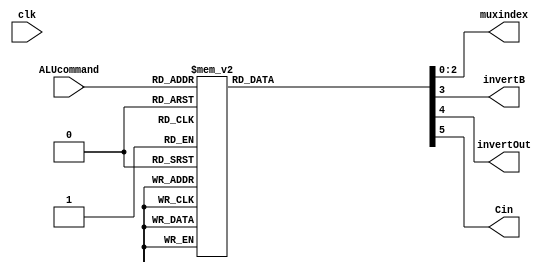
// defining gates with improper delays
`define NOTGATE not 
`define BUFGATE buf 
`define NANDGATE nand
`define NORGATE nor 
`define ANDGATE and 
`define ANDGATE4 and 
`define ORGATE or 
`define ORGATE5 or 
`define XORGATE xor 

// defining ALU commands as words
`define ADD 3'd0
`define SUB 3'd1
`define XOR 3'd2
`define SLT 3'd3
`define AND 3'd4
`define NAND 3'd5
`define NOR 3'd6
`define OR 3'd7

module ALUcontrolLUT(muxindex, invertB, invertOut, Cin, ALUcommand, clk);
// Behavioral LUT, mostly provided but configured with specific control flags
output reg[2:0] muxindex;
output reg invertB;
output reg invertOut;
output reg Cin;
input[2:0] ALUcommand;
input clk;
always @(ALUcommand) begin
// always @(negedge clk) begin
    case (ALUcommand)
    `ADD: begin muxindex = 0; invertB=0; invertOut = 0; Cin = 0; end 
    `SUB: begin muxindex = 0; invertB=1; invertOut = 0; Cin = 1; end
    `XOR: begin muxindex = 1; invertB=0; invertOut = 0; Cin = 0; end 
    `SLT: begin muxindex = 2; invertB=1; invertOut = 0; Cin = 1; end
    `AND: begin muxindex = 3; invertB=0; invertOut = 1; Cin = 0; end 
    `NAND: begin muxindex = 3; invertB=0; invertOut = 0; Cin = 0; end
    `NOR: begin muxindex = 4; invertB=0; invertOut = 0; Cin = 0; end 
    `OR: begin muxindex = 4; invertB=0; invertOut = 1; Cin = 0; end
    endcase
end
endmodule

module fullAdder(S, Cout, A, B, Cin);
// Full Adder module made previously
output S, Cout;
input A, B, Cin;
wire AxorB;
wire AxorBandCin, AandB;

// Sum
`XORGATE xor1 (AxorB, A,B);
`XORGATE xor2 (S, AxorB,Cin);

// Cout
`ANDGATE and1 (AxorBandCin, AxorB,Cin);
`ANDGATE and2 (AandB, A,B);
`ORGATE or1 (Cout, AxorBandCin,AandB);
endmodule

module add_op(res, Cout, ovfl, A, B, invertB, Cin);
// ADD with operands A and B; if command is SUB, 
// invert B and have a carryin of 1
output[31:0] res;
output Cout;
output ovfl;
input[31:0] A;
input[31:0] B;
input invertB;
input Cin;

// Initialize carry chain
wire [32:0] carry;
`BUFGATE buf1 (carry[0], Cin);

wire [31:0] Bin;
generate 
genvar index;
    for (index = 0; index<32; index = index + 1) begin : FULL_ADDER_BLOCK 
    `XORGATE xor2 (Bin[index], B[index], invertB);
    fullAdder faddr1 (res[index], carry[index+1], A[index], Bin[index], carry[index]);
end
endgenerate

// Pass last carry bit to Cout flag
`BUFGATE buf2 (Cout, carry[32]);

// Overflow checking
`XORGATE ovflw (ovfl, carry[31], Cout);
endmodule

module nand_op(res, A, B, invOut);
// NAND with A and B as inputs; invert output if command is AND
output[31:0] res;
input[31:0] A;
input[31:0] B;
input invOut;

wire [31:0] tmp;

generate
genvar index;
    for (index = 0; index<32; index = index + 1) begin : ADD_INVERT_OUTPUT_BLOCK
    `NANDGATE nand1 (tmp[index], A[index], B[index]);
    `XORGATE xor1 (res[index], tmp[index], invOut);
end
endgenerate
endmodule

module slt_op(res, sub_res, ovfl_res);
// SLT; takes in the result of subtracting B from A and overflow flag
output[31:0] res;
input[31:0] sub_res;
input ovfl_res;

// A is less than B if the MSB of B-A is 1 (indicating 
// that the result was negative) and the subtraction 
// operation did not cause overflow -or- if the MSB of
// B-A is 0 (positive) and the operation did cause overflow
`XORGATE xor1 (res[0], sub_res[31], ovfl_res);

// Left pad result with 31 0s to end up with 32 bit number
generate
genvar index;
    for (index = 1; index<32; index = index + 1) begin : LEFT_PAD_BLOCK
    `BUFGATE buf1 (res[index], 0);
end
endgenerate
endmodule

module nor_op(res, A, B, invOut);
// NOR with A and B as inputs; invert output if command is OR
output[31:0] res;
input[31:0] A;
input[31:0] B;
input invOut;

wire [31:0] tmp;

generate
genvar index;
    for (index = 0; index<32; index = index + 1) begin : NOR_INVERT_OUTPUT_BLOCK
    `NORGATE nor1 (tmp[index], A[index], B[index]);
    `XORGATE xor1 (res[index], tmp[index], invOut);
end
endgenerate
endmodule

module xor_op(res, A, B);
// XOR with A and B as inputs
output[31:0] res;
input[31:0] A;
input[31:0] B;

generate
genvar index;
    for (index = 0; index<32; index = index + 1) begin : XOR_BLOCK
    `XORGATE xor1 (res[index], A[index], B[index]);
end
endgenerate
endmodule

module ALU(result, carryout, zero, overflow, operandA, operandB, command, clk);
output[31:0] result;
output carryout;
output zero;
output overflow;
input[31:0] operandA;
input[31:0] operandB;
input[2:0] command;
input clk;

// Get control settings from LUT
wire [2:0] addr;
wire invB;
wire invOut;
wire Cin;
ALUcontrolLUT controlLUT (addr, invB, invOut, Cin, command, clk);

// Get output of each module for given settings
wire tmp_ovfl;
wire tmp_Cout;
wire [31:0] add_res;
wire [31:0] xor_res;
wire [31:0] slt_res;
wire [31:0] nor_res;
wire [31:0] nand_res;
add_op add_op1 (add_res, tmp_Cout, tmp_ovfl, operandA, operandB, invB, Cin);
xor_op xor_op1 (xor_res, operandA, operandB);
slt_op slt_op1 (slt_res, add_res, tmp_ovfl);
nor_op nor_op1 (nor_res, operandA, operandB, invOut);
nand_op nand_op1 (nand_res, operandA, operandB, invOut);

// Create complement of addresss
wire [2:0] naddr;
generate
genvar index;
    for (index = 0; index<3; index = index + 1) begin : INVERT_ADDRESS_BLOCK
    `NOTGATE not1 (naddr[index], addr[index]);
end
endgenerate

// Mux to select which result to pass out of ALU
wire [31:0] add_out;
wire [31:0] xor_out;
wire [31:0] slt_out;
wire [31:0] nor_out;
wire [31:0] nand_out;
wire [31:0] nresult;
generate
genvar ind;
    for (ind=0; ind<32; ind=ind+1) begin : SELECT_OUTPUT_BLOCK
    `ANDGATE andadd (add_out[ind], naddr[0],naddr[1],naddr[2],add_res[ind]);
    `ANDGATE andxor (xor_out[ind], addr[0],naddr[1],naddr[2],xor_res[ind]);
    `ANDGATE andslt (slt_out[ind], naddr[0],addr[1],naddr[2],slt_res[ind]);
    `ANDGATE andnor (nor_out[ind], naddr[0],naddr[1],addr[2],nor_res[ind]);
    `ANDGATE andnand (nand_out[ind], addr[0],addr[1],naddr[2],nand_res[ind]);
    `ORGATE orres (result[ind], add_out[ind],xor_out[ind],slt_out[ind],nor_out[ind],nand_out[ind]);
    `NOTGATE notres (nresult[ind], result[ind]);
end
endgenerate

// Only pass overflow and carryout out of ALU if ADD or SUB were called
`ANDGATE andovfl (overflow, naddr[0],naddr[1],naddr[2],tmp_ovfl);
`ANDGATE andcout (carryout, naddr[0],naddr[1],naddr[2],tmp_Cout);

// Check if zero flag should be set
wire [32:0] zerochain;
`BUFGATE buf3 (zerochain[0], 1);
generate
    genvar i;
    for (i=0; i<32; i=i+1) begin : ZEROCHAIN_BLOCK
    `ANDGATE zeroand (zerochain[i+1], nresult[i], zerochain[i]);
end
endgenerate
`BUFGATE buf4 (zero, zerochain[32]);
endmodule

module testALU;
reg [31:0] A;
reg [31:0] B;
reg [2:0] command;
wire [31:0] res;
wire Cout;
wire zero;
wire ovfl;

ALU myALU (res, Cout, zero, ovfl, A, B, command);

initial begin

command=`ADD;
$display("ADD");
$display("A                                | B                                || RES                              | Cout | Zero | OVFL || Expected");
$display("Testing zeros");
A=32'b00000000000000000000000000000000;B=32'b00000000000000000000000000000000; #3500
$display("%b | %b || %b | %b    | %b    | %b    || 00000000000000000000000000000000 0 1 0", A, B, res, Cout, zero, ovfl);
A=32'b00000000000000000000000000000001;B=32'b11111111111111111111111111111111; #3500
$display("%b | %b || %b | %b    | %b    | %b    || 00000000000000000000000000000000 1 1 0", A, B, res, Cout, zero, ovfl);
$display("Testing corner cases");
A=32'b11111111111111111111111111111111;B=32'b00000000000000000000000000000000; #3500
$display("%b | %b || %b | %b    | %b    | %b    || 11111111111111111111111111111111 0 0 0", A, B, res, Cout, zero, ovfl);
A=32'b11111111111111111111111111111111;B=32'b11111111111111111111111111111111; #3500
$display("%b | %b || %b | %b    | %b    | %b    || 11111111111111111111111111111110 1 0 0", A, B, res, Cout, zero, ovfl);
$display("Testing carryout and no overflow"); 
A=32'b11111110000000000000000000000000;B=32'b11111110000000000000000000000001; #3500
$display("%b | %b || %b | %b    | %b    | %b    || 11111100000000000000000000000001 1 0 0", A, B, res, Cout, zero, ovfl);
$display("Testing overflow and no carryout"); 
A=32'b01010101010101010101010101010101;B=32'b01010101010101010101010101010101; #3500
$display("%b | %b || %b | %b    | %b    | %b    || 10101010101010101010101010101010 0 0 1", A, B, res, Cout, zero, ovfl);
A=32'b01111111111111111111111111111111;B=32'b01111111111111111111111111111111; #3500
$display("%b | %b || %b | %b    | %b    | %b    || 11111111111111111111111111111110 0 0 1", A, B, res, Cout, zero, ovfl);
$display("Testing carryout and overflow"); 
A=32'b11010001000100010001000100010001;B=32'b10001000100010001000100010001000; #3500
$display("%b | %b || %b | %b    | %b    | %b    || 01011001100110011001100110011001 1 0 1", A, B, res, Cout, zero, ovfl);
A=32'b10000000000000000000000000000000;B=32'b10000000000000000000000000000000; #3500
$display("%b | %b || %b | %b    | %b    | %b    || 00000000000000000000000000000000 1 1 1", A, B, res, Cout, zero, ovfl);

command=`SUB;
$display("SUB");
$display("A                                | B                                || RES                              | Cout | Zero | OVFL || Expected");
$display("Testing zeros");
A=32'b00000000000000000000000000000000;B=32'b00000000000000000000000000000000; #3500
$display("%b | %b || %b | %b    | %b    | %b    || 00000000000000000000000000000000 1 1 0", A, B, res, Cout, zero, ovfl);
A=32'b01000000010010100000010011100101;B=32'b01000000010010100000010011100101; #3500
$display("%b | %b || %b | %b    | %b    | %b    || 00000000000000000000000000000000 1 1 0", A, B, res, Cout, zero, ovfl);
$display("Testing corner cases");
A=32'b11111111111111111111111111111111;B=32'b00000000000000000000000000000000; #3500
$display("%b | %b || %b | %b    | %b    | %b    || 11111111111111111111111111111111 1 0 0", A, B, res, Cout, zero, ovfl);
A=32'b11111111111111111111111111111111;B=32'b11111111111111111111111111111111; #3500
$display("%b | %b || %b | %b    | %b    | %b    || 00000000000000000000000000000000 1 1 0", A, B, res, Cout, zero, ovfl);
$display("Testing carryout and overflow"); 
A=32'b10000000000000000000000000000000;B=32'b01000000000000000000000000000001; #3500
$display("%b | %b || %b | %b    | %b    | %b    || 00111111111111111111111111111111 1 0 1", A, B, res, Cout, zero, ovfl);
A=32'b10111000000000000000000000000000;B=32'b01010010110000000011001000000001; #3500
$display("%b | %b || %b | %b    | %b    | %b    || 01100101001111111100110111111111 1 0 1", A, B, res, Cout, zero, ovfl);
$display("Testing overflow and no carryout"); 
A=32'b01010101010101010101010101010101;B=32'b10101010101010101010101010101010; #3500
$display("%b | %b || %b | %b    | %b    | %b    || 10101010101010101010101010101011 0 0 1", A, B, res, Cout, zero, ovfl);
A=32'b01000000000000000000000000000000;B=32'b10000000000000000000000000000001; #3500
$display("%b | %b || %b | %b    | %b    | %b    || 10111111111111111111111111111111 0 0 1", A, B, res, Cout, zero, ovfl);
$display("Testing carryout and no overflow"); 
A=32'b01111111111111111111111111111111;B=32'b01111111111111111111111111111111; #3500
$display("%b | %b || %b | %b    | %b    | %b    || 00000000000000000000000000000000 1 1 0", A, B, res, Cout, zero, ovfl);
A=32'b01010101010101010101010101010101;B=32'b01010101010101010101010101010100; #3500
$display("%b | %b || %b | %b    | %b    | %b    || 00000000000000000000000000000001 1 0 0", A, B, res, Cout, zero, ovfl);

command=`XOR;
$display("XOR");
$display("A                                | B                                || RES                              | Cout | Zero | OVFL || Expected");
$display("Testing corner cases");
A=32'b00000000000000000000000000000000;B=32'b00000000000000000000000000000000; #3500
$display("%b | %b || %b | %b    | %b    | %b    || 00000000000000000000000000000000 0 1 0", A, B, res, Cout, zero, ovfl);
A=32'b11111111111111111111111111111111;B=32'b11111111111111111111111111111111; #3500
$display("%b | %b || %b | %b    | %b    | %b    || 00000000000000000000000000000000 0 1 0", A, B, res, Cout, zero, ovfl);
A=32'b11111111111111111111111111111111;B=32'b00000000000000000000000000000000; #3500
$display("%b | %b || %b | %b    | %b    | %b    || 11111111111111111111111111111111 0 0 0", A, B, res, Cout, zero, ovfl);
$display("Testing A Combination");
A=32'b10100000000001100001010000000111;B=32'b11111111110000000001010001000001; #3500
$display("%b | %b || %b | %b    | %b    | %b    || 01011111110001100000000001000110 0 0 0", A, B, res, Cout, zero, ovfl);

command=`SLT;
$display("SLT");
$display("A                                | B                                || RES                              | Cout | Zero | OVFL || Expected");
$display("Testing corner cases");
A=32'b00000000000000000000000000000000;B=32'b00000000000000000000000000000000; #3500
$display("%b | %b || %b | %b    | %b    | %b    || 00000000000000000000000000000000 0 1 0", A, B, res, Cout, zero, ovfl);
A=32'b11111111111111111111111111111111;B=32'b11111111111111111111111111111111; #3500
$display("%b | %b || %b | %b    | %b    | %b    || 00000000000000000000000000000000 0 1 0", A, B, res, Cout, zero, ovfl);
$display("Testing negative overflow");
A=32'b10000000000000000000000000000001;B=32'b00000000000000000000000000000010; #3500
$display("%b | %b || %b | %b    | %b    | %b    || 00000000000000000000000000000001 0 0 0", A, B, res, Cout, zero, ovfl);
$display("Testing positive overflow");
A=32'b01111111111111111111111111111111;B=32'b10000000000000000000000000000000; #3500
$display("%b | %b || %b | %b    | %b    | %b    || 00000000000000000000000000000000 0 1 0", A, B, res, Cout, zero, ovfl);
$display("Testing Carryouts");
A=32'b00000000000000000000000000000001;B=32'b11111111111111111111111111111110; #3500
$display("%b | %b || %b | %b    | %b    | %b    || 00000000000000000000000000000000 0 1 0", A, B, res, Cout, zero, ovfl);
A=32'b11111111111111111111111111111111;B=32'b11111111111111111111111111111110; #3500
$display("%b | %b || %b | %b    | %b    | %b    || 00000000000000000000000000000000 0 1 0", A, B, res, Cout, zero, ovfl);
A=32'b11111111111111111111111111111110;B=32'b11111111111111111111111111111111; #3500
$display("%b | %b || %b | %b    | %b    | %b    || 00000000000000000000000000000001 0 0 0", A, B, res, Cout, zero, ovfl);

command=`NOR;
$display("NOR");
$display("A                                | B                                || RES                              | Cout | Zero | OVFL || Expected");
$display("Testing corner cases");
A=32'b00000000000000000000000000000000;B=32'b00000000000000000000000000000000; #3500
$display("%b | %b || %b | %b    | %b    | %b    || 11111111111111111111111111111111 0 0 0", A, B, res, Cout, zero, ovfl);
A=32'b11111111111111111111111111111111;B=32'b11111111111111111111111111111111; #3500
$display("%b | %b || %b | %b    | %b    | %b    || 00000000000000000000000000000000 0 1 0", A, B, res, Cout, zero, ovfl);
A=32'b11111111111111111111111111111111;B=32'b00000000000000000000000000000000; #3500
$display("%b | %b || %b | %b    | %b    | %b    || 00000000000000000000000000000000 0 1 0", A, B, res, Cout, zero, ovfl);
$display("Testing A Combination");
A=32'b10100000000001100001010000000111;B=32'b11111111110000000001010001000001; #3500
$display("%b | %b || %b | %b    | %b    | %b    || 00000000001110011110101110111000 0 0 0", A, B, res, Cout, zero, ovfl);

command=`OR;
$display("OR");
$display("A                                | B                                || RES                              | Cout | Zero | OVFL || Expected");
$display("Testing corner cases");
A=32'b00000000000000000000000000000000;B=32'b00000000000000000000000000000000; #3500
$display("%b | %b || %b | %b    | %b    | %b    || 00000000000000000000000000000000 0 1 0", A, B, res, Cout, zero, ovfl);
A=32'b11111111111111111111111111111111;B=32'b00000000000000000000000000000000; #3500
$display("%b | %b || %b | %b    | %b    | %b    || 11111111111111111111111111111111 0 0 0", A, B, res, Cout, zero, ovfl);
A=32'b11111111111111111111111111111111;B=32'b11111111111111111111111111111111; #3500
$display("%b | %b || %b | %b    | %b    | %b    || 11111111111111111111111111111111 0 0 0", A, B, res, Cout, zero, ovfl);
$display("Testing zeros");
A=32'b10000000000000000000000000000000;B=32'b10000000000000000000000000000000; #3500
$display("%b | %b || %b | %b    | %b    | %b    || 10000000000000000000000000000000 0 0 0", A, B, res, Cout, zero, ovfl);
A=32'b00000000000000000000000000000001;B=32'b00000000000000000000000000000001; #3500
$display("%b | %b || %b | %b    | %b    | %b    || 00000000000000000000000000000001 0 0 0", A, B, res, Cout, zero, ovfl);
$display("Testing ones");
A=32'b10101010101010101010101010101010;B=32'b01010101010101010101010101010101; #3500
$display("%b | %b || %b | %b    | %b    | %b    || 11111111111111111111111111111111 0 0 0", A, B, res, Cout, zero, ovfl);
A=32'b11111111111111110000000000000000;B=32'b00000000000000001111111111111111; #3500
$display("%b | %b || %b | %b    | %b    | %b    || 11111111111111111111111111111111 0 0 0", A, B, res, Cout, zero, ovfl);
$display("Testing random for good measure");
A=32'b11001000001100101101001110100101;B=32'b00011000000110111100100111001110; #3500
$display("%b | %b || %b | %b    | %b    | %b    || 11011000001110111101101111101111 0 0 0", A, B, res, Cout, zero, ovfl);
A=32'b01101010111011001001000011010011;B=32'b00111110010100111000100000101011; #3500
$display("%b | %b || %b | %b    | %b    | %b    || 01111110111111111001100011111011 0 0 0", A, B, res, Cout, zero, ovfl);

command=`NAND;
$display("NAND");
$display("A                                | B                                || RES                              | Cout | Zero | OVFL || Expected");
$display("Testing corner cases");
A=32'b00000000000000000000000000000000;B=32'b00000000000000000000000000000000; #3500
$display("%b | %b || %b | %b    | %b    | %b    || 11111111111111111111111111111111 0 0 0", A, B, res, Cout, zero, ovfl);
A=32'b11111111111111111111111111111111;B=32'b00000000000000000000000000000000; #3500
$display("%b | %b || %b | %b    | %b    | %b    || 11111111111111111111111111111111 0 0 0", A, B, res, Cout, zero, ovfl);
$display("Testing zeros");
A=32'b11111111111111111111111111111111;B=32'b11111111111111111111111111111111; #3500
$display("%b | %b || %b | %b    | %b    | %b    || 00000000000000000000000000000000 0 1 0", A, B, res, Cout, zero, ovfl);
$display("Testing ones");
A=32'b10101010101010101010101010101010;B=32'b01010101010101010101010101010101; #3500
$display("%b | %b || %b | %b    | %b    | %b    || 11111111111111111111111111111111 0 0 0", A, B, res, Cout, zero, ovfl);
A=32'b11111111111111110000000000000000;B=32'b00000000000000001111111111111111; #3500
$display("%b | %b || %b | %b    | %b    | %b    || 11111111111111111111111111111111 0 0 0", A, B, res, Cout, zero, ovfl);
$display("Testing random");
A=32'b10101010101010101010101010101010;B=32'b10101010101010101010101010101010; #3500
$display("%b | %b || %b | %b    | %b    | %b    || 01010101010101010101010101010101 0 0 0", A, B, res, Cout, zero, ovfl);
A=32'b11111111111111110000000000000000;B=32'b11111111111111110000000000000000; #3500
$display("%b | %b || %b | %b    | %b    | %b    || 00000000000000001111111111111111 0 0 0", A, B, res, Cout, zero, ovfl);
A=32'b11001000001100101101001110100101;B=32'b00011000000110111100100111001110; #3500
$display("%b | %b || %b | %b    | %b    | %b    || 11110111111011010011111001111011 0 0 0", A, B, res, Cout, zero, ovfl);
A=32'b01101010111011001001000011010011;B=32'b00111110010100111000100000101011; #3500
$display("%b | %b || %b | %b    | %b    | %b    || 11010101101111110111111111111100 0 0 0", A, B, res, Cout, zero, ovfl);

command=`AND;
$display("AND");
$display("A                                | B                                || RES                              | Cout | Zero | OVFL || Expected");
$display("Testing corner cases");
A=32'b00000000000000000000000000000000;B=32'b00000000000000000000000000000000; #3500
$display("%b | %b || %b | %b    | %b    | %b    || 00000000000000000000000000000000 0 1 0", A, B, res, Cout, zero, ovfl);
A=32'b11111111111111111111111111111111;B=32'b00000000000000000000000000000000; #3500
$display("%b | %b || %b | %b    | %b    | %b    || 00000000000000000000000000000000 0 1 0", A, B, res, Cout, zero, ovfl);
A=32'b11111111111111111111111111111111;B=32'b11111111111111111111111111111111; #3500
$display("%b | %b || %b | %b    | %b    | %b    || 11111111111111111111111111111111 0 0 0", A, B, res, Cout, zero, ovfl);
$display("Testing zeros");
A=32'b10101010101010101010101010101010;B=32'b01010101010101010101010101010101; #3500
$display("%b | %b || %b | %b    | %b    | %b    || 00000000000000000000000000000000 0 1 0", A, B, res, Cout, zero, ovfl);
A=32'b11111111111111110000000000000000;B=32'b00000000000000001111111111111111; #3500
$display("%b | %b || %b | %b    | %b    | %b    || 00000000000000000000000000000000 0 1 0", A, B, res, Cout, zero, ovfl);
$display("Testing ones");
A=32'b10101010101010101010101010101010;B=32'b10101010101010101010101010101010; #3500
$display("%b | %b || %b | %b    | %b    | %b    || 10101010101010101010101010101010 0 0 0", A, B, res, Cout, zero, ovfl);
A=32'b11111111111111110000000000000000;B=32'b11111111111111110000000000000000; #3500
$display("%b | %b || %b | %b    | %b    | %b    || 11111111111111110000000000000000 0 0 0", A, B, res, Cout, zero, ovfl);
$display("Testing random for good measure");
A=32'b11001000001100101101001110100101;B=32'b00011000000110111100100111001110; #3500
$display("%b | %b || %b | %b    | %b    | %b    || 00001000000100101100000110000100 0 0 0", A, B, res, Cout, zero, ovfl);
A=32'b01101010111011001001000011010011;B=32'b00111110010100111000100000101011; #3500
$display("%b | %b || %b | %b    | %b    | %b    || 00101010010000001000000000000011 0 0 0", A, B, res, Cout, zero, ovfl);
end
endmodule